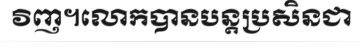
វិញ។លោកបានបន្តប្រសិនជា